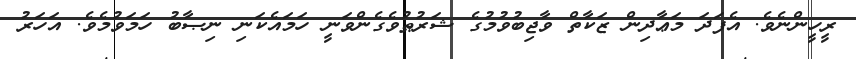
ރީހީންނެވެ. އެފަދަ މަޢާދިން ޒަކާތް ވާޖިބުވުމުގެ ޝަރުޠުވެގެންވަނީ ހަމައެކަނި ނިޞާބު ހަމަވުމެވެ. އަހަރު